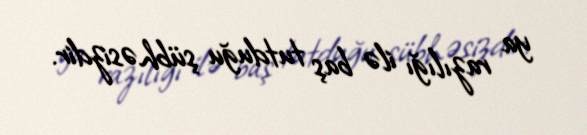
ya razılığı ilə baş tutduğu şübhəsizdir.